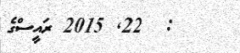
:  22